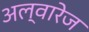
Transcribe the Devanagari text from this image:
अल्वारेज